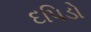
દપિડો